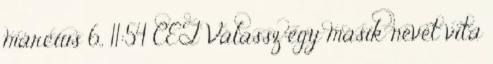
március 6., 11:54 CET Válassz egy másik nevet vita